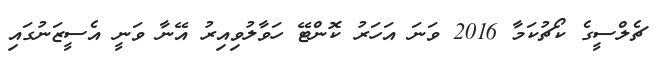
ޗެލްސީގެ ކޯޗުކަމާ 2016 ވަނަ އަހަރު ކޮންޓޭ ހަވާލުވިއިރު އޭނާ ވަނީ އެސީޒަނުގައި